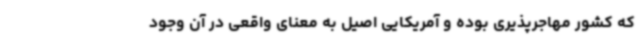
که کشور مهاجرپذیری بوده و آمریکایی اصیل به معنای واقعی در آن وجود